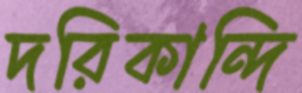
দরিকান্দি